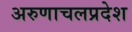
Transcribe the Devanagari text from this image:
अरुणाचलप्रदेश